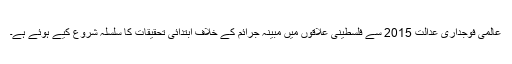
عالمی فوجداری عدالت 2015 سے فلسطینی علاقوں میں مبینہ جرائم کے خلاف ابتدائی تحقیقات کا سلسلہ شروع کیے ہوئے ہے۔